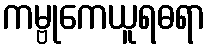
ကမ္ဗုကေယူရဓရာ